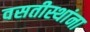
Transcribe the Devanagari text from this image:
वसतीस्थांना